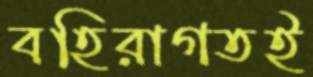
বহিরাগতই